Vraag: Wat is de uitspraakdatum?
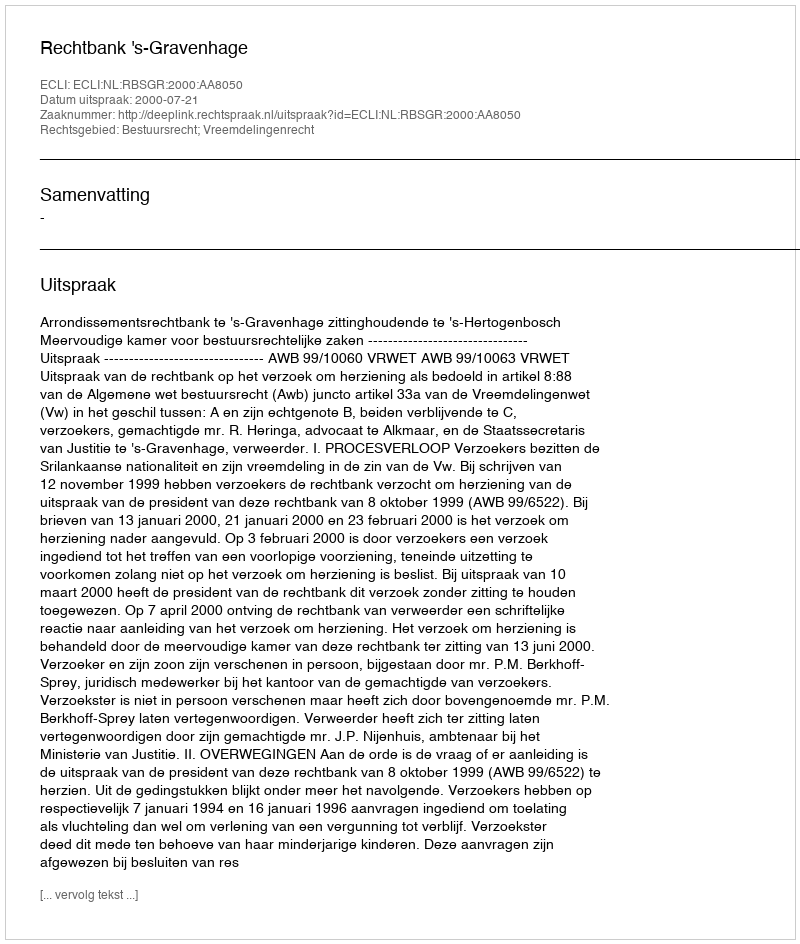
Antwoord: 2000-07-21